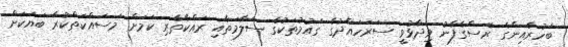
ބަހުރެއިންގެ ރަސްގެފާނު ވިދާޅުވީ ސަރަހައްދުގެ ގައުމުތަކުގެ ސަލާމަތާއި ރައްކާތެރި ކަމަށް މަސައްކަތްކުރާ ބަޔަކަށް